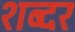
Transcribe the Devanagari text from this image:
शब्दर